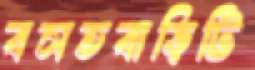
বসতবাড়িটি